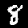
Digit: 8